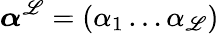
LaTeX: \boldsymbol{\alpha}^{\mathscr{L}}=(\alpha_{1}\ldots\alpha_{\mathscr{L}})